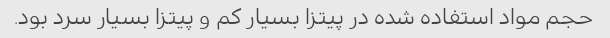
حجم مواد استفاده شده در پیتزا بسیار کم و پیتزا بسیار سرد بود.